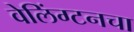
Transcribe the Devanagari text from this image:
वेलिंग्टनचा